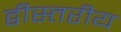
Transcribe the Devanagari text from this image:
द्वीस्तरीय